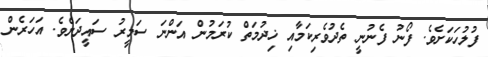
ފުލުހަކަށެވެ. ފޯނު ފެނުނީ ތެދުވެރިކަމާއި ޚިދުމަތް ކުރަމުން އަންނަ ސަމީރު ސައީދަށެވެ. އަހަރެން